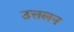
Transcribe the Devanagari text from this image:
उत्तलन